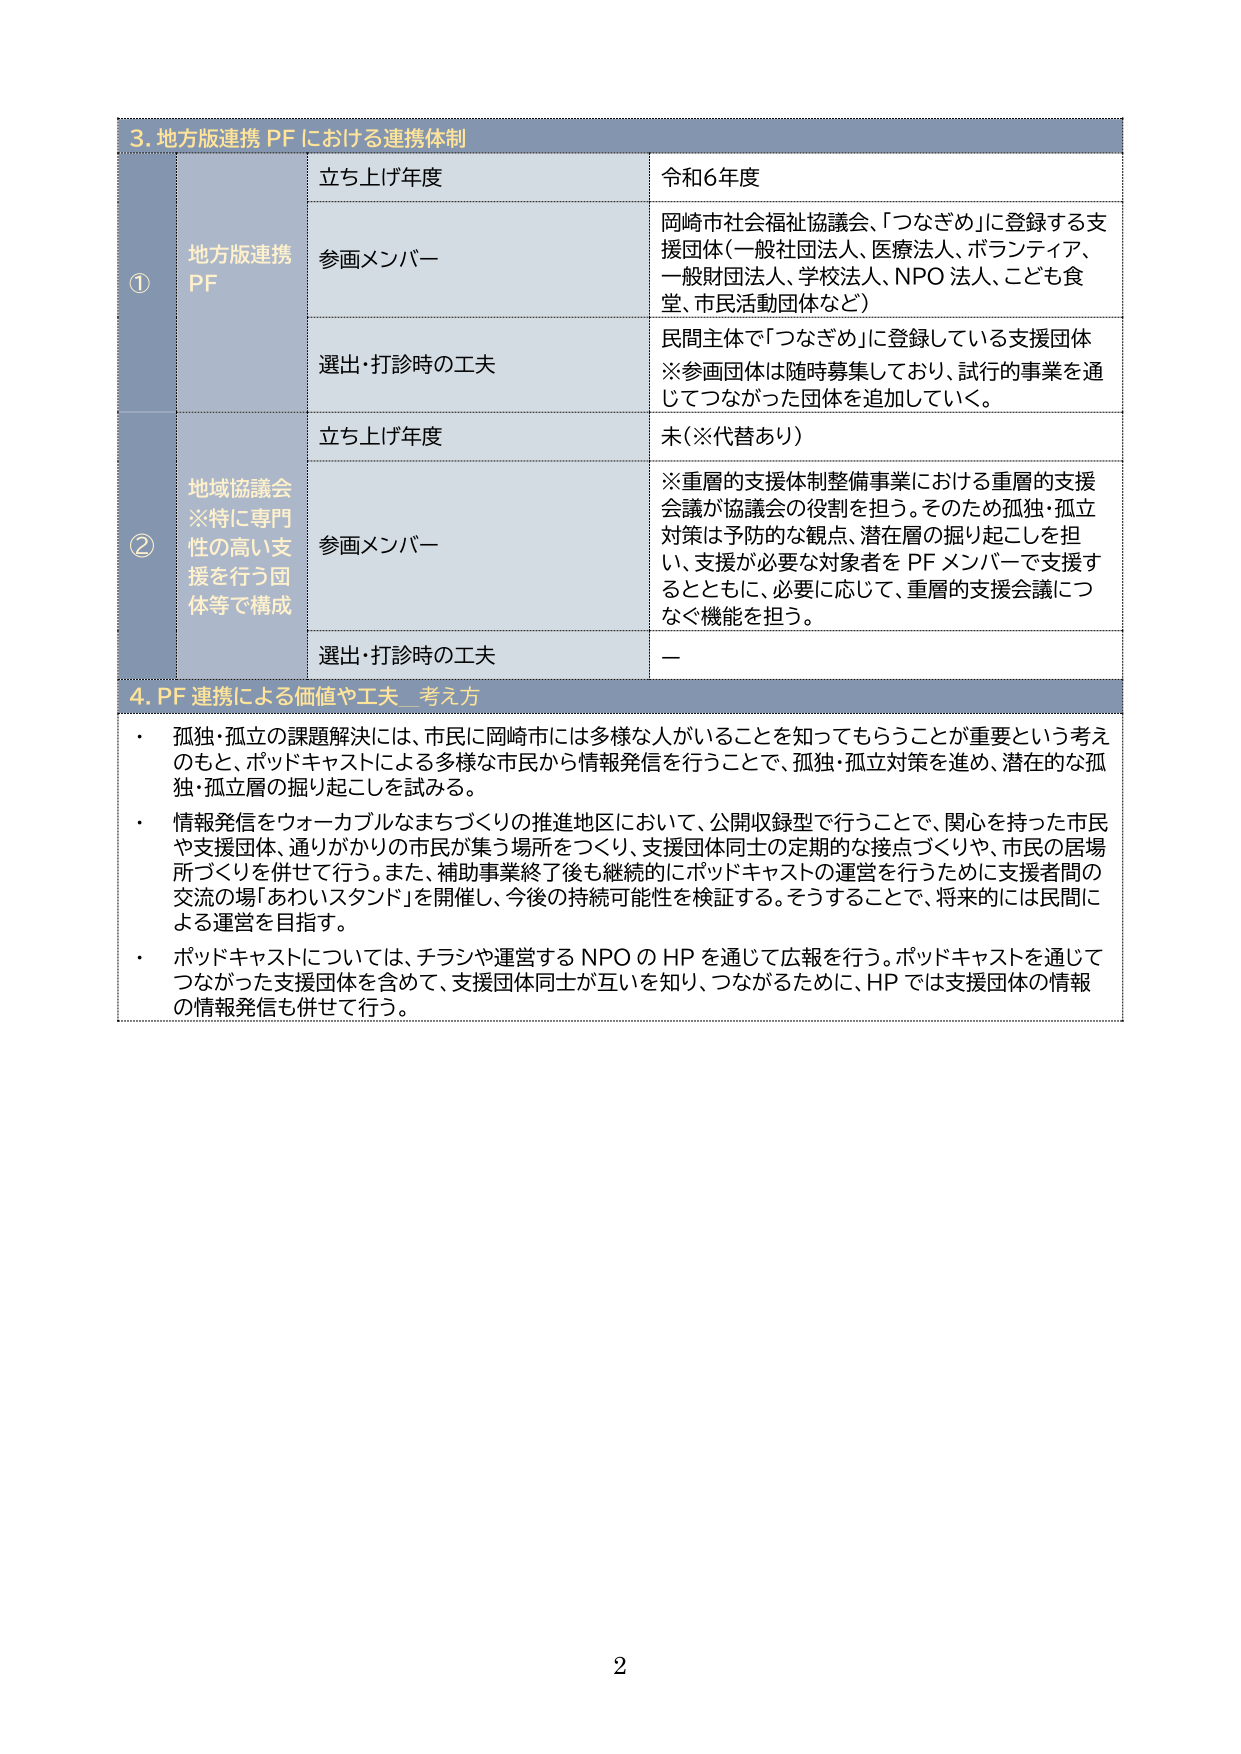
3. 地方版連携 PF における連携体制

① 地方版連携 PF
- 立ち上げ年度：令和6年度
- 参画メンバー：岡崎市社会福祉協議会、「つなぎめ」に登録する支援団体（一般社団法人、医療法人、ボランティア、一般財団法人、学校法人、NPO 法人、こども食堂、市民活動団体など）
- 選出・打診時の工夫：民間主体で「つなぎめ」に登録している支援団体 ※参画団体は随時募集しており、試行的事業を通じてつながった団体を追加していく。

② 地域協議会 ※特に専門性の高い支援を行う団体等で構成
- 立ち上げ年度：未（※代替あり）
- 参画メンバー：※重層的支援体制整備事業における重層的支援会議が協議会の役割を担う。そのため孤独・孤立対策は予防的な観点、潜在層の掘り起こしを担い、支援が必要な対象者を PF メンバーで支援するとともに、必要に応じて、重層的支援会議につなぐ機能を担う。
- 選出・打診時の工夫：—

4. PF 連携による価値や工夫 考え方
- 孤独・孤立の課題解決には、市民に岡崎市には多様な人がいることを知ってもらうことが重要という考えのもと、ポッドキャストによる多様な市民から情報発信を行うことで、孤独・孤立対策を進め、潜在的な孤独・孤立層の掘り起こしを試みる。
- 情報発信をウォーカブルなまちづくりの推進地区において、公開収録型で行うことで、関心を持った市民や支援団体、通りがかりの市民が集う場所をつくり、支援団体同士の定期的な接点づくりや、市民の居場所づくりを併せて行う。また、補助事業終了後も継続的にポッドキャストの運営を行うために支援者間の交流の場「あわいスタンド」を開催し、今後の持続可能性を検証する。そうすることで、将来的には民間による運営を目指す。
- ポッドキャストについては、チラシや運営する NPO の HP を通じて広報を行う。ポッドキャストを通じてつながった支援団体を含めて、支援団体同士が互いを知り、つながるために、HP では支援団体の情報の情報発信も併せて行う。

2